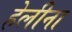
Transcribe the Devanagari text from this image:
हेलीना